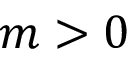
m > 0